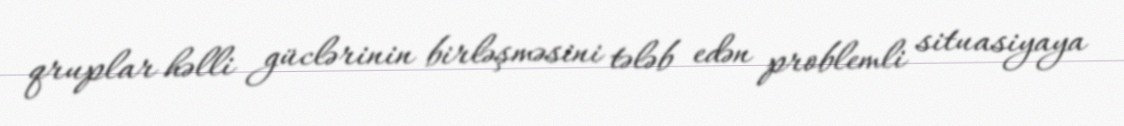
qruplar həlli güclərinin birləşməsini tələb edən problemli situasiyaya